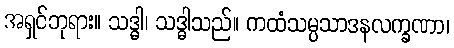
အရှင်ဘုရား။ သဒ္ဓါ၊ သဒ္ဓါသည်။ ကထံသမ္ပသာဒနလက္ခဏာ၊